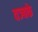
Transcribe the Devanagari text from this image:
वञ्चके